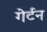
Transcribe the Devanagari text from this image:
गेर्टन